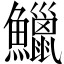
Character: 鱲